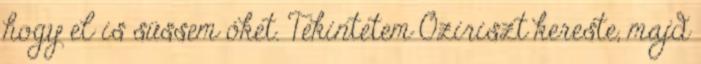
hogy el is süssem őket. Tekintetem Oziriszt kereste, majd